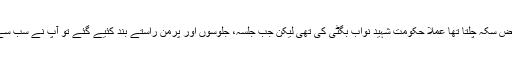
آسان الفاظ میں بس اتنا کہ نصف سے زائد بلوچستان میں ریاست کا محض سکہ چلتا تھا عملاََ حکومت شہید نواب بگٹی کی تھی لیکن جب جلسہ، جلوسوں اور پرمن راستے بند کئیے گئے تو آپ نے سب سے پہلے مزاحمت کا اعلان کیا اور باقائدہ عملی مزاحمت کا آغاز کردیا۔